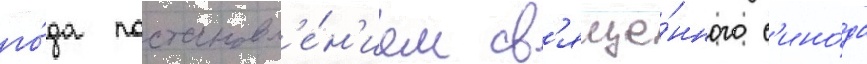
го́да постановл'е́н'ием св'яще́нного с'ино́да